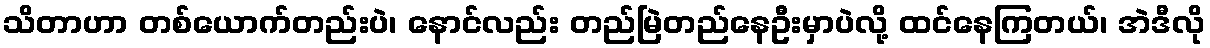
သိတာဟာ တစ်ယောက်တည်းပဲ၊ နောင်လည်း တည်မြဲတည်နေဦးမှာပဲလို့ ထင်နေကြတယ်၊ အဲဒီလို